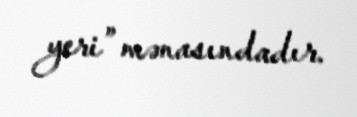
yeri” mənasındadır.